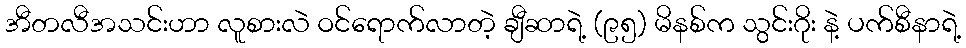
အီတလီအသင်းဟာ လူစားလဲ ဝင်ရောက်လာတဲ့ ချီဆာရဲ့ (၉၅) မိနစ်က သွင်းဂိုး နဲ့ ပက်စီနာရဲ့